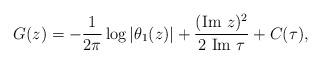
LaTeX: \begin{align*}G(z)=-\frac{1}{2\pi}\log\vert\theta_1(z)\vert+ \frac{(\mathrm{Im}\ z)^2}{2\ \mathrm{Im}\ \tau} +C(\tau),\end{align*}